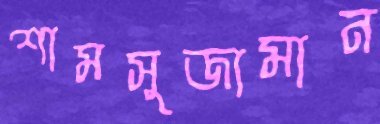
শামসুজামান